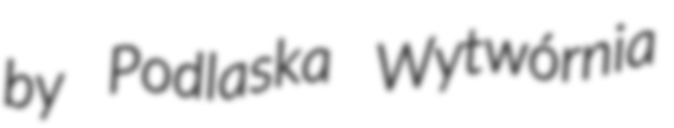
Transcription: by Podlaska Wytwórnia